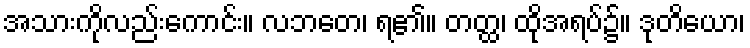
အသားကိုလည်းကောင်း။ လဘတေ၊ ရ၏။ တတ္ထ၊ ထိုအရပ်၌။ ဒုတိယော၊